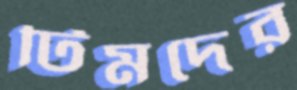
টিমদের